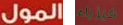
المول فيزياء